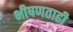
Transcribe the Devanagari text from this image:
भीषणताही